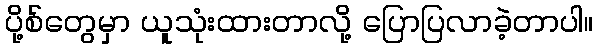
ပို့စ်တွေမှာ ယူသုံးထားတာလို့ ပြောပြလာခဲ့တာပါ။